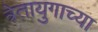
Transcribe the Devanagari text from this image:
त्रेतायुगाच्या